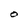
Character: O